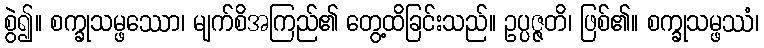
စွဲ၍။ စက္ခုသမ္ဖဿော၊ မျက်စိအကြည်၏ တွေ့ထိခြင်းသည်။ ဥပ္ပဇ္ဇတိ၊ ဖြစ်၏။ စက္ခုသမ္ဖဿံ၊